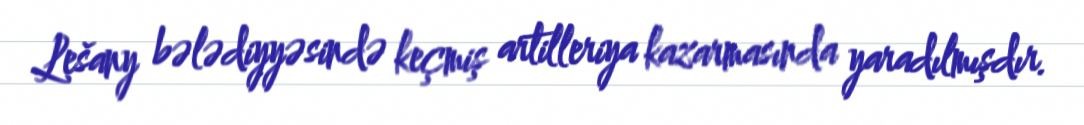
Lešany bələdiyyəsində keçmiş artilleriya kazarmasında yaradılmışdır.